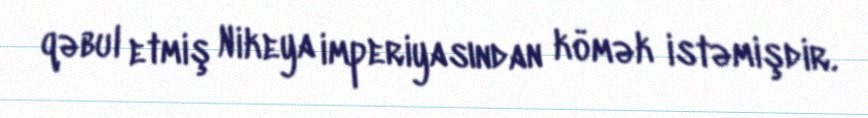
qəbul etmiş Nikeya imperiyasından kömək istəmişdir.